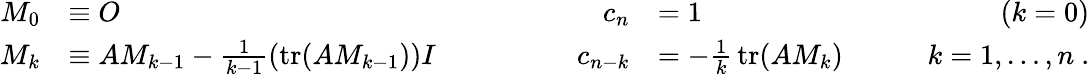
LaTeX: {\begin{array}{rlrlr}{M_{0}}&{\equiv O}&{c_{n}}&{=1\qquad}&{(k=0)}\\ {M_{k}}&{\equiv AM_{k-1}-{\frac{1}{k-1}}(\operatorname{tr}(AM_{k-1}))I\qquad\qquad}&{c_{n-k}}&{=-{\frac{1}{k}}\operatorname{tr}(AM_{k})\qquad}&{k=1,\ldots,n~.}\end{array}}